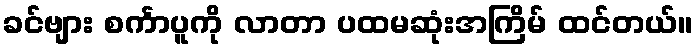
ခင်ဗျား စင်္ကာပူကို လာတာ ပထမဆုံးအကြိမ် ထင်တယ်။